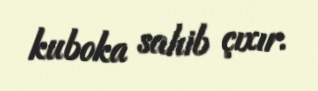
kuboka sahib çıxır.